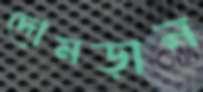
দোমড়ান